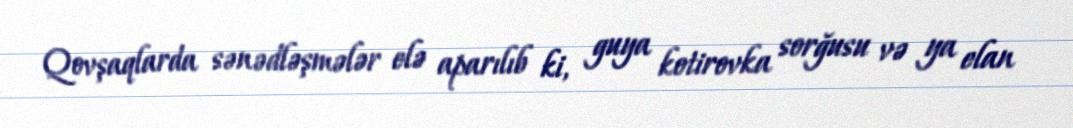
Qovşaqlarda sənədləşmələr elə aparılıb ki, guya kotirovka sorğusu və ya elan